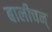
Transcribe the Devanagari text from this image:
बालीचन्